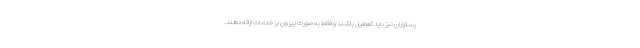
رستوران نیز باید تعطیل باشند و فقط به صورت بیرون بر خدمات ارائه دهند.